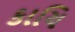
કાચિ